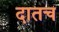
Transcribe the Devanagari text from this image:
दातच